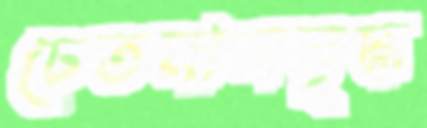
চেতনাসমৃদ্ধ